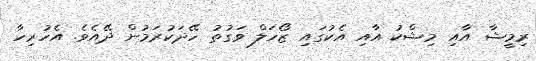
ރިމީޝާ އާއި މިޝްކު އާއި އެކުގައި ޒޯހަލް ވަގުތު ހޭދަކުރަމުން ދޭއެވެ. އެހުރިހާ